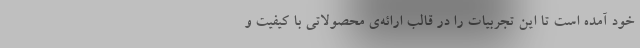
خود آمده است تا این تجربیات را در قالب ارائه‌ی محصولاتی با کیفیت و